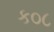
ક૦૮